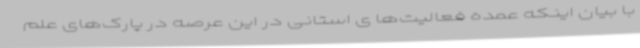
با بیان اینکه عمده فعالیت‌ها ی استانی در این عرصه در پارک‌های علم